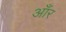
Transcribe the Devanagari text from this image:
आँर